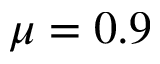
\mu = 0 . 9